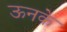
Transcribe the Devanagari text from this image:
ऊनके